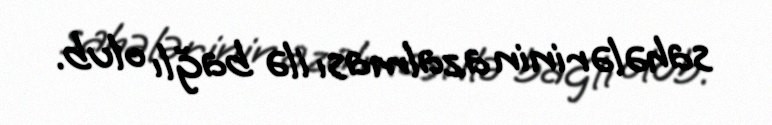
sahələrinin azalması ilə bağlı olub.